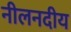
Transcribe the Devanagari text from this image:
नीलनदीय